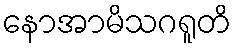
နောအာမိသဂရူတိ